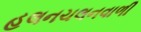
હલનચલનવાળી